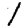
Digit: 1